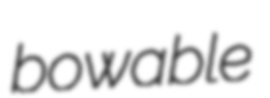
bowable